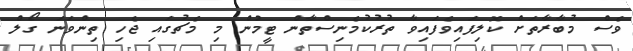
ވެސް މުބާރާތަށް ކޮލިފައިވެފައިވާ ތުރުކުމެނިސްތާން ޓީމުން މި މެޗުގައި ޖެހި ތިންވަނަ ގޯލް